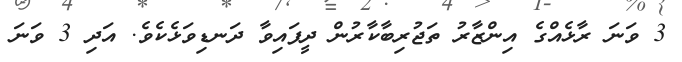
3 ވަނަ ރާޅެއްގެ އިންޒާރު ތަޖުރިބާކާރުން ދީފައިވާ ދަނޑިވަޅެކެވެ. އަދި 3 ވަނަ